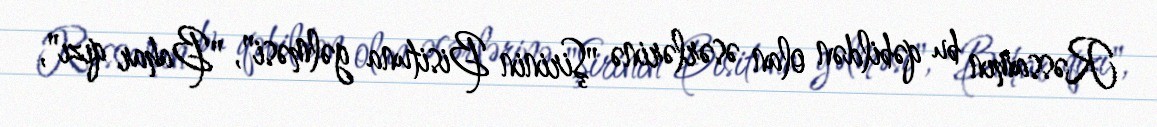
Rəssamın bu qəbildən olan əsərlərinə "Şirinin Bisituna gəlməsi", "Bahar qızı",